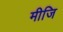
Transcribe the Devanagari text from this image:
मीजि